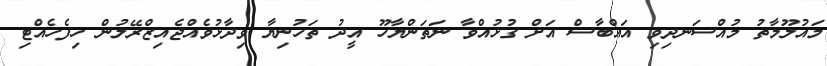
މައުލޫމާތު މުއްސަނދިވި އައްބާސް އަށް ގުޅުއްވާ ނަތަންޔާހޫ އީދު ތަހުނިޔާ ވިދާޅުވެއްޖެއިޒްރޭލުން ހިފެހެއްޓި